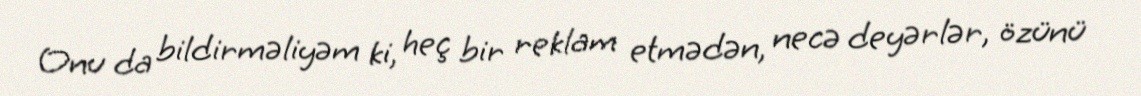
Onu da bildirməliyəm ki, heç bir reklam etmədən, necə deyərlər, özünü